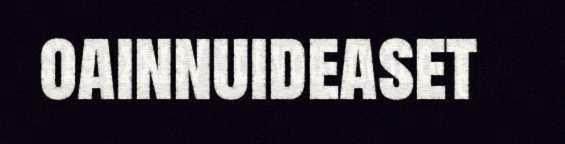
oainnuideaset